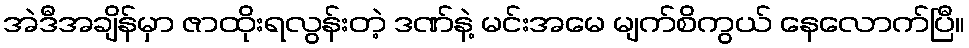
အဲဒီအချိန်မှာ ဇာထိုးရလွန်းတဲ့ ဒဏ်နဲ့ မင်းအမေ မျက်စိကွယ် နေလောက်ပြီ။